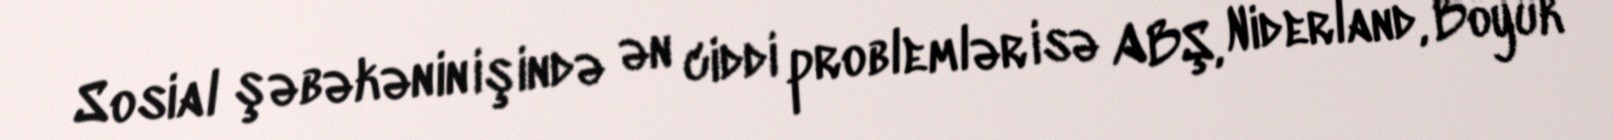
Sosial şəbəkənin işində ən ciddi problemlər isə ABŞ, Niderland, Böyük